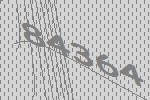
84364